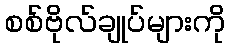
စစ်ဗိုလ်ချုပ်များကို